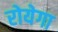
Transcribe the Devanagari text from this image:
रोयेगा